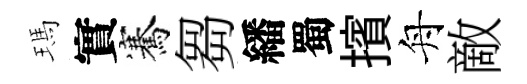
瑪實騫芻繙蜀擯舟敵